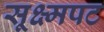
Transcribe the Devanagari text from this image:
सूक्ष्मपट